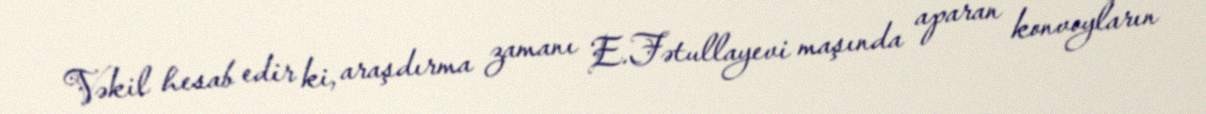
Vəkil hesab edir ki, araşdırma zamanı E.Fətullayevi maşında aparan konvoyların